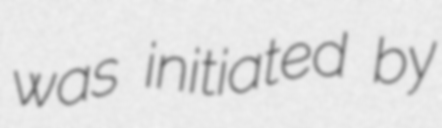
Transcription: was initiated by